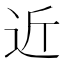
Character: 近